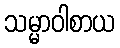
သမ္မာဝါစာယ